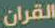
القرآن